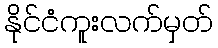
နိုင်ငံကူးလက်မှတ်